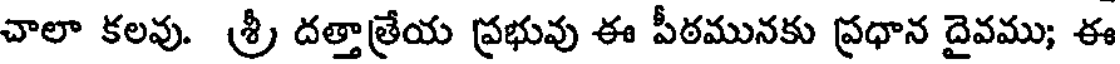
చాలా కలవు. శ్రీ దత్తాత్రేయ ప్రభువు ఈ పీఠమునకు ప్రధాన దైవము; ఈ